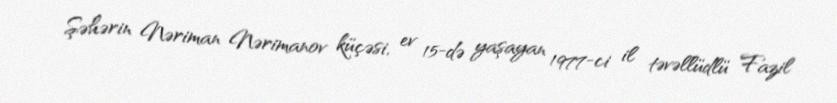
Şəhərin Nəriman Nərimanov küçəsi, ev 15-də yaşayan 1977-ci il təvəllüdlü Fazil